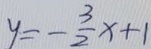
y = - \frac { 3 } { 2 } x + 1